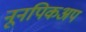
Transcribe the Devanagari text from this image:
नूनपिकअप